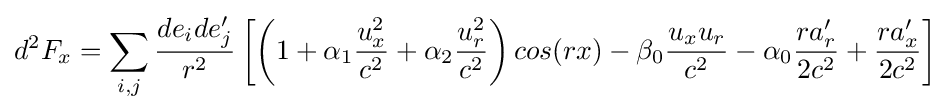
d^{2}F_{x}=\sum _{i,j}{\frac {de_{i}de_{j}'}{r^{2}}}\left[\left(1+\alpha _{1}{\frac {u_{x}^{2}}{c^{2}}}+\alpha _{2}{\frac {u_{r}^{2}}{c^{2}}}\right)cos(rx)-\beta _{0}{\frac {u_{x}u_{r}}{c^{2}}}-\alpha _{0}{\frac {ra'_{r}}{2c^{2}}}+{\frac {ra'_{x}}{2c^{2}}}\right]